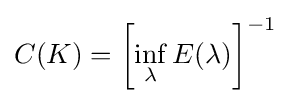
C(K)=\left[\inf _{\lambda }E(\lambda )\right]^{-1}